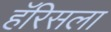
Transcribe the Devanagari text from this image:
हॅरिसला